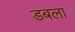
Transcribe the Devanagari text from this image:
डबला